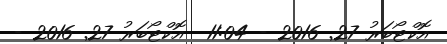
އޮކްޓޯބަރު 27